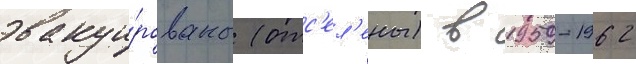
эвакуи́рованы (отс'ел'ены) в 1959-1962